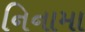
નિનામા